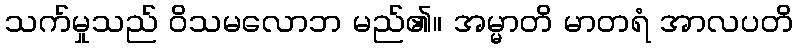
သက်မှုသည် ဝိသမလောဘ မည်၏။ အမ္မာတိ မာတရံ အာလပတိ